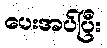
ပေးအပ်ပြီး